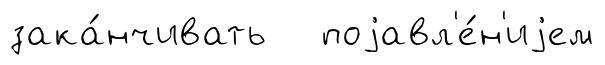
зака́нчивать поjавл'е́н'иjем